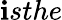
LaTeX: \mathbf{i}sthe